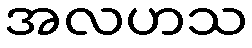
အလဟသ